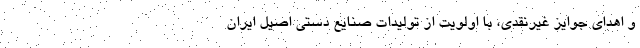
و اهدای جوایز غیرنقدی، با اولویت از تولیدات صنایع دستی اصیل ایران